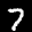
Label: 7